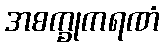
အစက္ခုကရဏံ